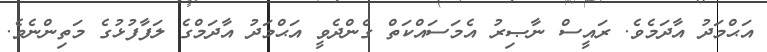
އަޙްމަދު އާދަމެވެ. ރައީސް ނާޞިރު އެމަސައްކަތް ގެންދެވީ އަޙްމަދު އާދަމްގެ ލަފާފުޅުގެ މަތިންނެވެ.